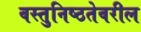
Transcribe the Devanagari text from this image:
वस्तुनिष्ठतेवरील